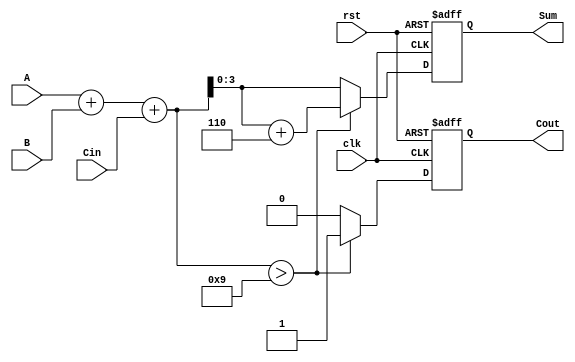
module BCD_Synchronous_Adder (
    input wire [3:0] A,      // First BCD digit
    input wire [3:0] B,      // Second BCD digit
    input wire Cin,          // Carry-in
    input wire clk,          // Clock signal
    input wire rst,          // Reset signal
    output reg [3:0] Sum,    // BCD sum output
    output reg Cout          // Carry-out
);

    reg [4:0] intermediate_sum; // 5-bit to hold the sum of A, B, and Cin

    always @(posedge clk or posedge rst) begin
        if (rst) begin
            Sum <= 4'b0000; // Reset Sum to 0
            Cout <= 1'b0;   // Reset Cout to 0
        end else begin
            // Step 1: Perform binary addition
            intermediate_sum = A + B + Cin;

            // Step 2: Check for BCD correction
            if (intermediate_sum > 5'b01001) begin // If sum > 9
                intermediate_sum = intermediate_sum + 5'b00110; // Add 6
                Cout <= 1'b1; // Set carry-out
            end else begin
                Cout <= 1'b0; // No carry-out
            end

            // Step 3: Assign the valid BCD result
            Sum <= intermediate_sum[3:0]; // Take the lower 4 bits as the sum
        end
    end

endmodule